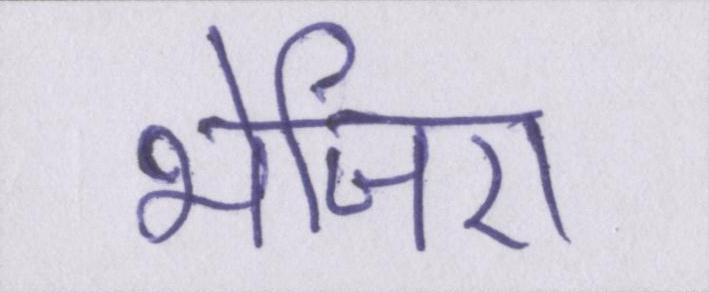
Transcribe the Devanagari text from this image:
भेजिए